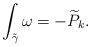
LaTeX: \begin{align*}\int_{\tilde{\gamma}}\omega = -\widetilde{P}_k.\end{align*}